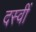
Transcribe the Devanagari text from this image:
दस्वीं